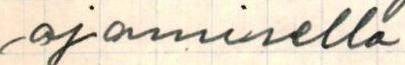
ajamisella